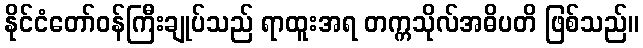
နိုင်ငံတော်ဝန်ကြီးချုပ်သည် ရာထူးအရ တက္ကသိုလ်အဓိပတိ ဖြစ်သည်။